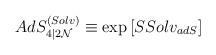
LaTeX: \begin{align*}AdS^{(Solv)}_{4\vert 2{\cal N}}\equiv \exp\left[ SSolv_{adS}\right]\end{align*}